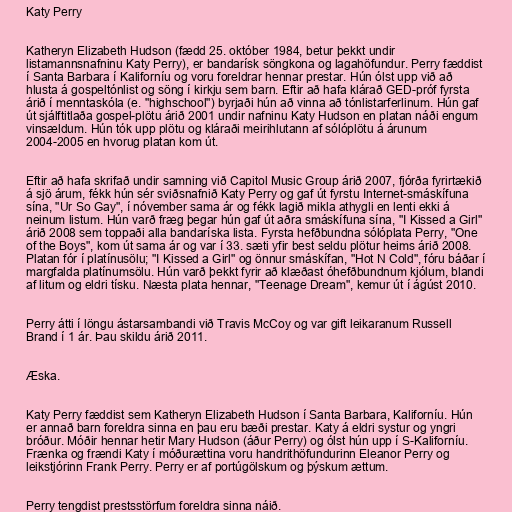
Katy Perry

Katheryn Elizabeth Hudson (fædd 25. október 1984, betur þekkt undir
listamannsnafninu Katy Perry), er bandarísk söngkona og lagahöfundur. Perry fæddist
í Santa Barbara í Kaliforníu og voru foreldrar hennar prestar. Hún ólst upp við að
hlusta á gospeltónlist og söng í kirkju sem barn. Eftir að hafa klárað GED-próf fyrsta
árið í menntaskóla (e. "highschool") byrjaði hún að vinna að tónlistarferlinum. Hún gaf
út sjálftitlaða gospel-plötu árið 2001 undir nafninu Katy Hudson en platan náði engum
vinsældum. Hún tók upp plötu og kláraði meirihlutann af sólóplötu á árunum
2004-2005 en hvorug platan kom út.

Eftir að hafa skrifað undir samning við Capitol Music Group árið 2007, fjórða fyrirtækið
á sjö árum, fékk hún sér sviðsnafnið Katy Perry og gaf út fyrstu Internet-smáskífuna
sína, "Ur So Gay", í nóvember sama ár og fékk lagið mikla athygli en lenti ekki á
neinum listum. Hún varð fræg þegar hún gaf út aðra smáskífuna sína, "I Kissed a Girl"
árið 2008 sem toppaði alla bandaríska lista. Fyrsta hefðbundna sólóplata Perry, "One
of the Boys", kom út sama ár og var í 33. sæti yfir best seldu plötur heims árið 2008.
Platan fór í platínusölu; "I Kissed a Girl" og önnur smáskífan, "Hot N Cold", fóru báðar í
margfalda platínumsölu. Hún varð þekkt fyrir að klæðast óhefðbundnum kjólum, blandi
af litum og eldri tísku. Næsta plata hennar, "Teenage Dream", kemur út í ágúst 2010.

Perry átti í löngu ástarsambandi við Travis McCoy og var gift leikaranum Russell
Brand í 1 ár. Þau skildu árið 2011.

Æska.

Katy Perry fæddist sem Katheryn Elizabeth Hudson í Santa Barbara, Kaliforníu. Hún
er annað barn foreldra sinna en þau eru bæði prestar. Katy á eldri systur og yngri
bróður. Móðir hennar hetir Mary Hudson (áður Perry) og ólst hún upp í S-Kaliforníu.
Frænka og frændi Katy í móðurættina voru handrithöfundurinn Eleanor Perry og
leikstjórinn Frank Perry. Perry er af portúgölskum og þýskum ættum.

Perry tengdist prestsstörfum foreldra sinna náið.